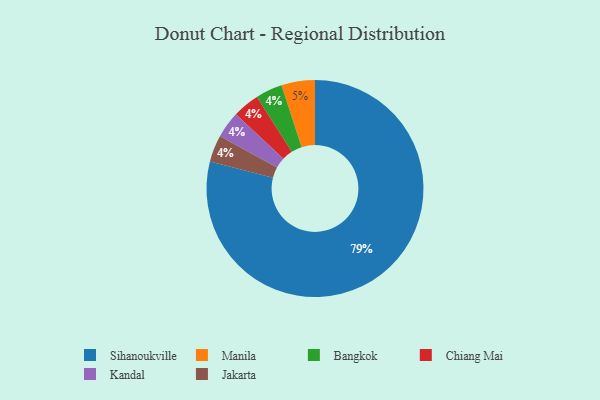
{"axis": {"x": "Category", "y": "Percentage"}, "legend": ["Bangkok", "Chiang Mai", "Jakarta", "Kandal", "Manila", "Sihanoukville"], "data": [{"x": "Bangkok", "y": 4, "type": "Bangkok"}, {"x": "Chiang Mai", "y": 4, "type": "Chiang Mai"}, {"x": "Manila", "y": 5, "type": "Manila"}, {"x": "Kandal", "y": 4, "type": "Kandal"}, {"x": "Jakarta", "y": 4, "type": "Jakarta"}, {"x": "Sihanoukville", "y": 79, "type": "Sihanoukville"}]}